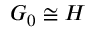
G _ { 0 } \cong H